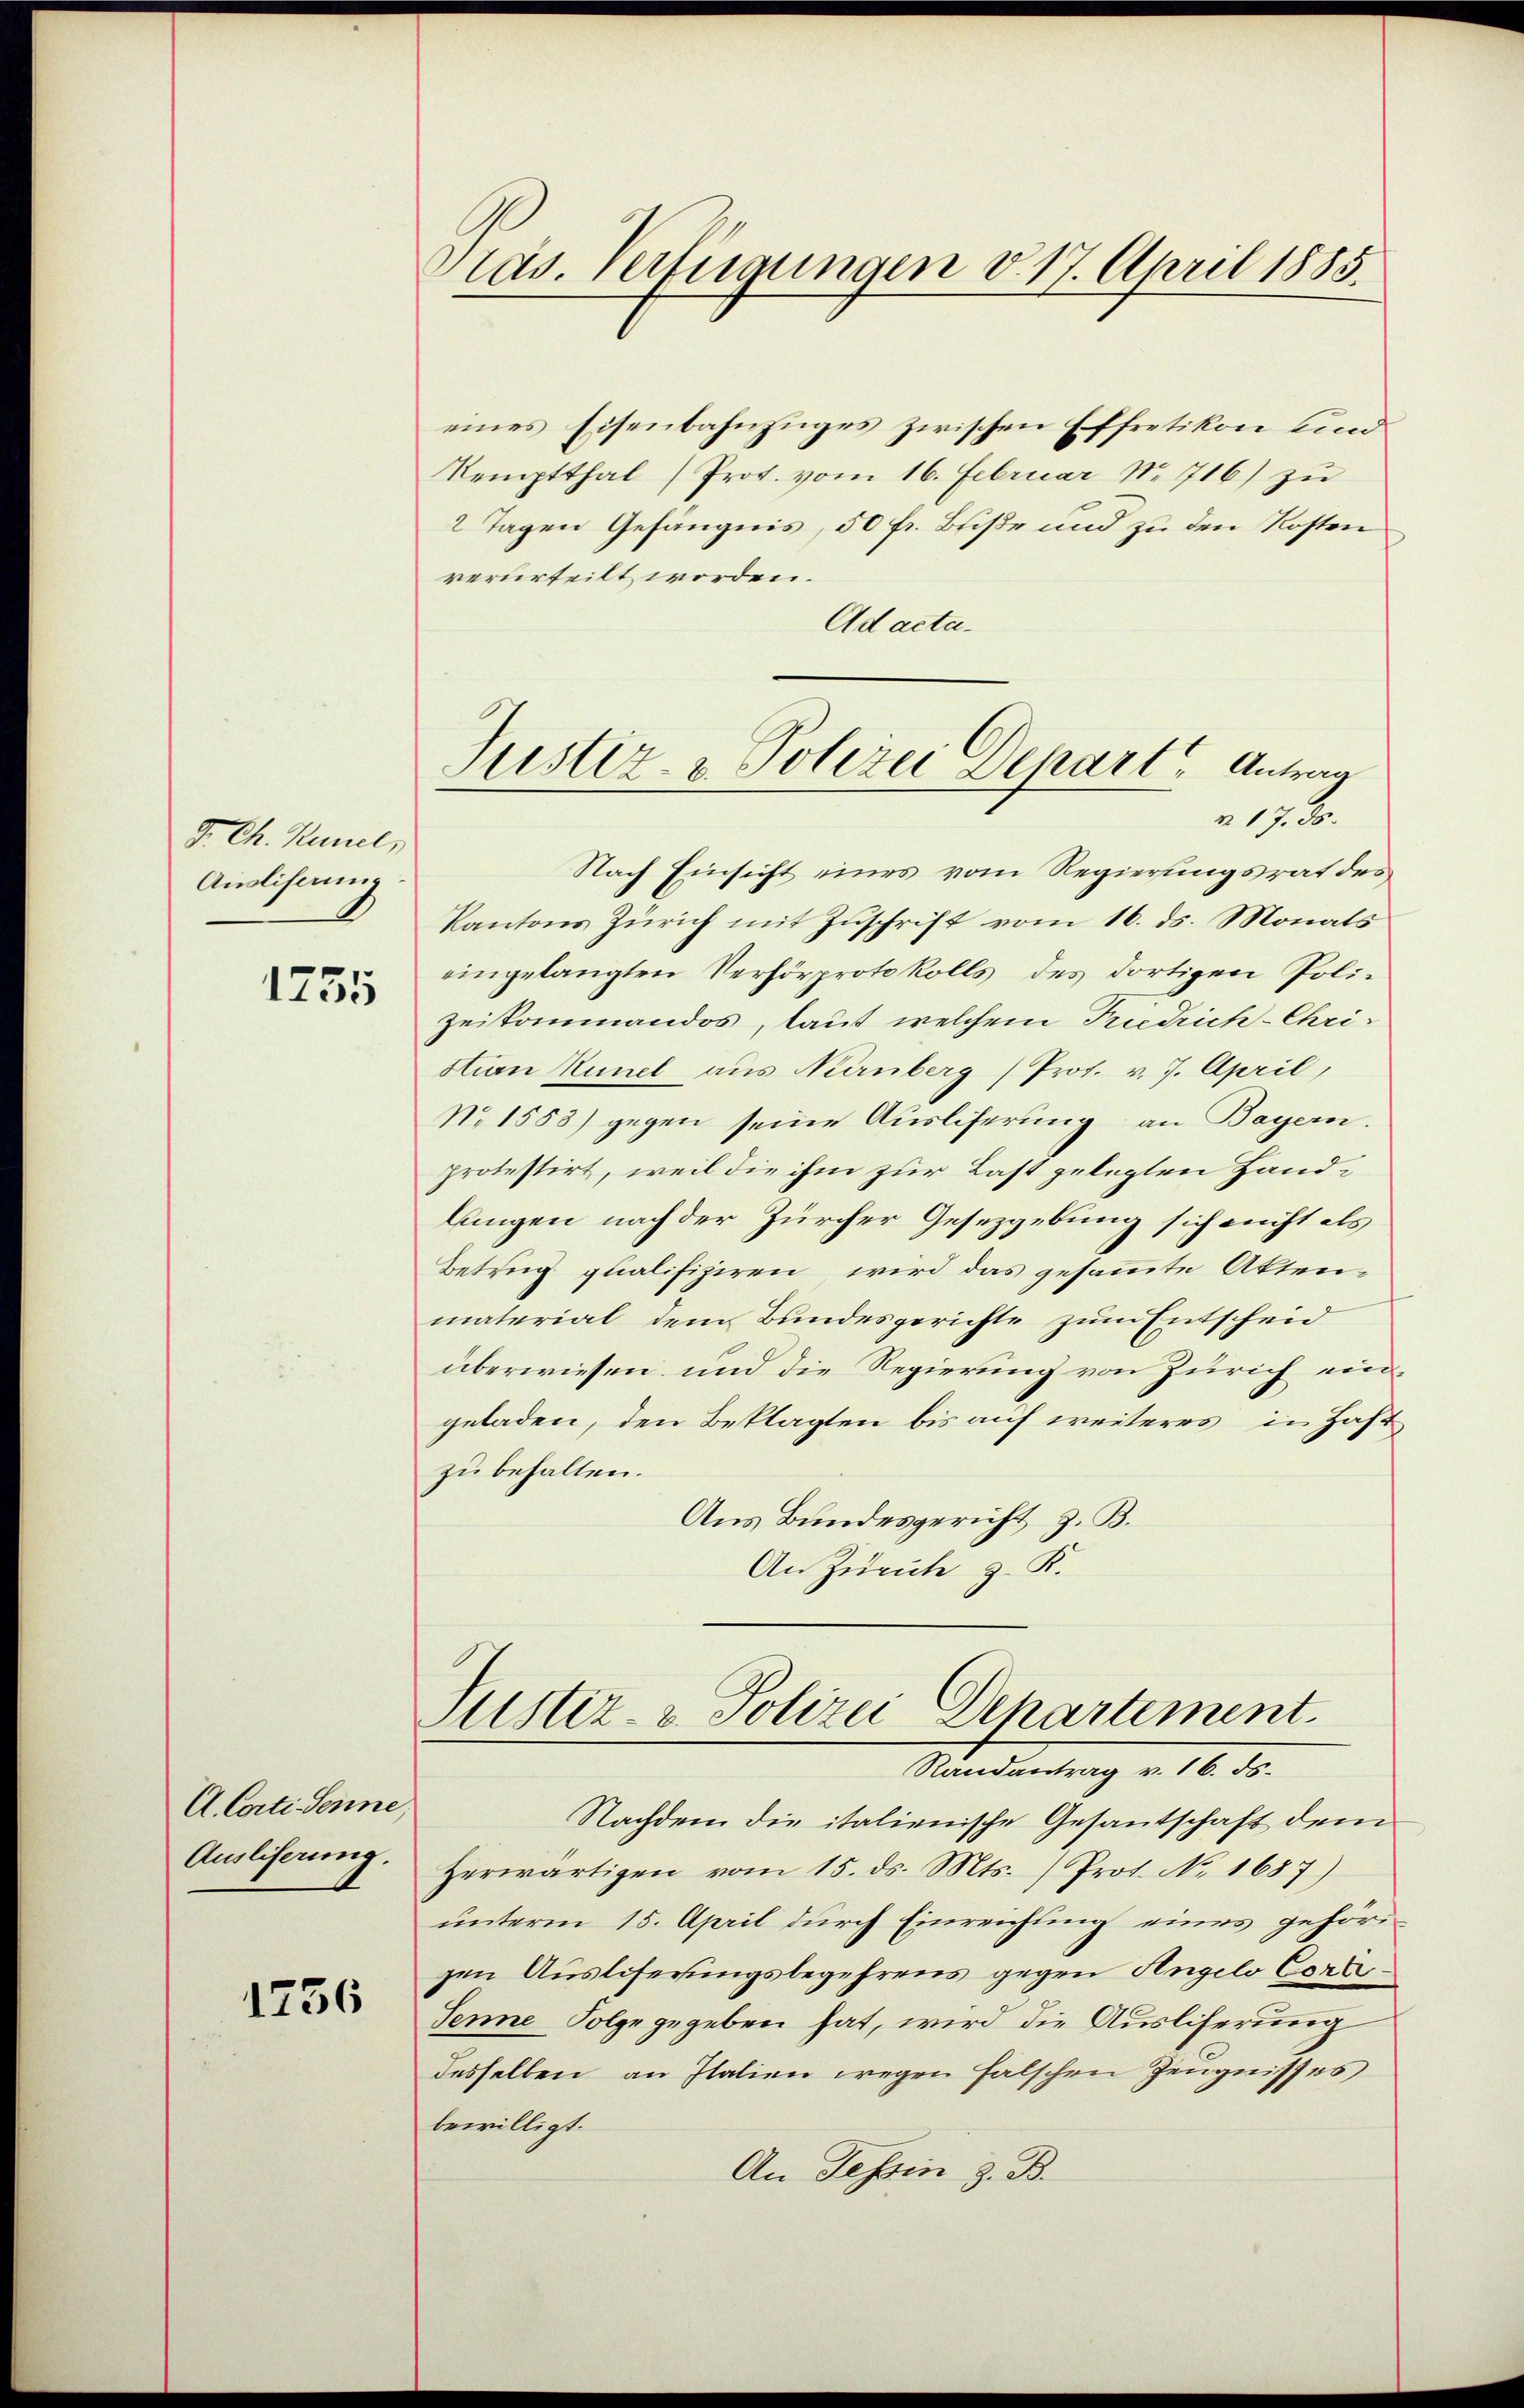
J. Ch. Künel,
Auslistung

1735

A. Conti Senne
Ausliserung.

1236

Präs. Vertigungen d. 17. April 1885.

eines Eisenbahnzuges zwischen Effretikon und
Kemptthal) Prot. vom 16. Februar Nr. 716) zu
2 Tagen Gefängnis, 50 fr. Buße und zu den Kosten
verurteilt worden.
Ad acta.
Nach Einsicht eines vom Regierungsrat des
Kantons Zürich mit Zŭschrift vom 16. ds. Monats
eingelangten Verhörprotokolls des dortigen Poli-
zeikommandos, laut welchem Friedrich-Christian Künel aus Nürnberg (Prot. v. 7. April,
No 1553) gegen seine Ausliferung an Bayern.
protestirt, weil die ihm zur Last gelegten Handlangen nach der Zürcher Gesetzgebung sich nicht als
Betrug qualifiziren, wird das gesammte Aktenmaterial dem Bundesgerichte zum Entscheid
überwiesen und die Regierung von Zürich ein
geladen, den Beklagten bis auf weiteres in Zahl
zu behalten.
Aus Bundesgericht, z. B.
An Zürich z. K.

Justiz- & Polizei Depart, Antrag
m 17. 30.

Justiz- & Polizei Departement.

Randantrag v. 16. ds.
Nachdem die italienische Gesantschaft dem
Herwärtigen vom 15. ds. Mts. ) Prot. No. 1687)
unterm 15. April durch Einreichung eines gehörigen Auslieferungsbegehrens gegen Angelo Corre¬
Senne Folge gegeben hat, wird die Auslieferung
desselben an Italien wegen falschen Zeugnisses
bewilligt.
An Tessin z. B.